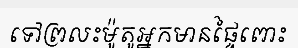
ទៅព្រលះម៉ូតូអ្នកមានផ្ទៃពោះ